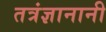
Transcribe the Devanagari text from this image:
तत्रंज्ञानानी